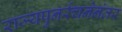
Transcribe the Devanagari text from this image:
राज्यपुनर्रचनेनंतर